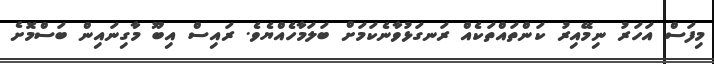
މިފަސް އަހަރު ނިމޭއިރު ކަންތައްތަކެއް ރަނގަޅުވާނެކަމަށް ބަލަމާހެއްޔެވެ. ރައިސް އިބޫ މާގިނައިން ބަސްމޮށެ